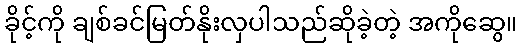
ခိုင့်ကို ချစ်ခင်မြတ်နိုးလှပါသည်ဆိုခဲ့တဲ့ အကိုဆွေ။